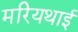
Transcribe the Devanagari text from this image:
मरियथाई